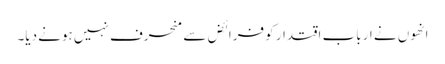
انھوں نے ارباب اقتدار کو فرائض سے منحرف نہیں ہونے دیا۔